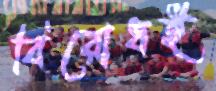
বিরোধই